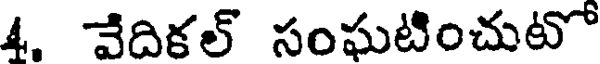
4. వేదికల్ సంఘటించుటో